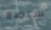
ساضع